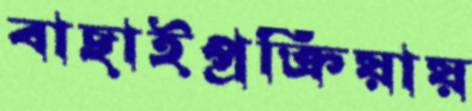
বাছাইপ্রক্রিয়ায়